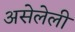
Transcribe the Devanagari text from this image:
असेलेली